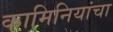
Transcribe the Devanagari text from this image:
कामिनियांचा